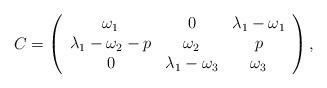
LaTeX: \begin{align*} C = \left(\begin{array}{cccccccc} \omega_1 & 0 & \lambda_1-\omega_1 \\ \lambda_1-\omega_2-p & \omega_2 & p \\ 0& \lambda_1-\omega_3 & \omega_3 \end{array}\right),\end{align*}